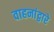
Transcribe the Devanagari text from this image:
वाहनांद्वारे